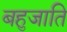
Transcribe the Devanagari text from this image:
बहुजाति